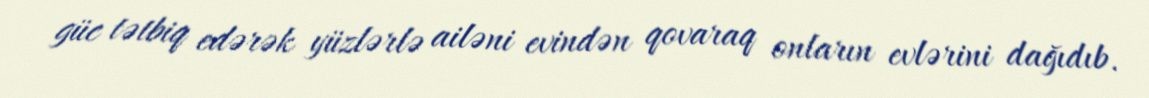
güc tətbiq edərək yüzlərlə ailəni evindən qovaraq onların evlərini dağıdıb.